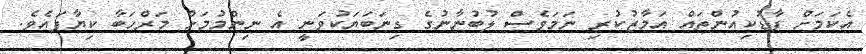
އެކަމަށް ފާޑުކިއުންތައް އަމާޒުކުރި ނަމަވެސް ލުބުނާނުގެ ގިނަބަޔަކުވަނީ އެ ނިންމުމަށް މަރްހަބާ ކިޔާފައެވެ.